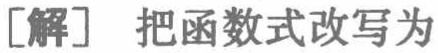
[解] 把函数式改写为